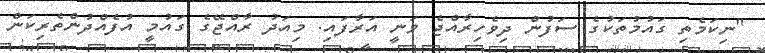
"ނިކަމެތި ގައުމުތަކުގެ ސަފުން ދިވެހިރާއްޖެ ވަނީ އަރާފައި. މިއަދު ރާއްޖޭގެ ގައުމީ އުފެއްދުންތެރިކަން